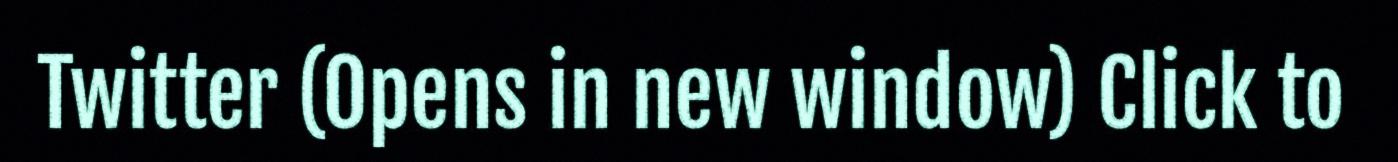
Twitter (Opens in new window) Click to